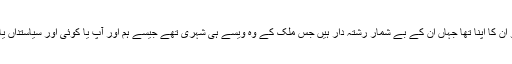
وہ ملک جو ان کا اپنا تھا جہاں ان کے بے شمار رشتہ دار ہیں جس ملک کے وہ ویسے ہی شہری تھے جیسے ہم اور آپ یا کوئی اور سیاستداں یا فوجی ہے۔